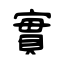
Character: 實